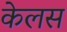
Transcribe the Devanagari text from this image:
केलस